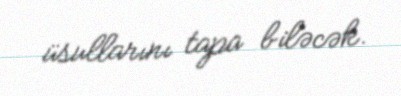
üsullarını tapa biləcək.